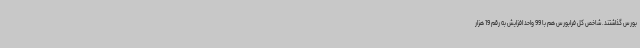
بورس گذاشتند. شاخص کل فرابورس هم با 99 واحد افزایش به رقم 19 هزار